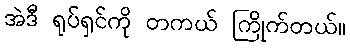
အဲဒီ ရုပ်ရှင်ကို တကယ် ကြိုက်တယ်။